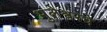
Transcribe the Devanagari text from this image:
भुलेश्वरचे